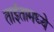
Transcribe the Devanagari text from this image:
ताईतामध्ये